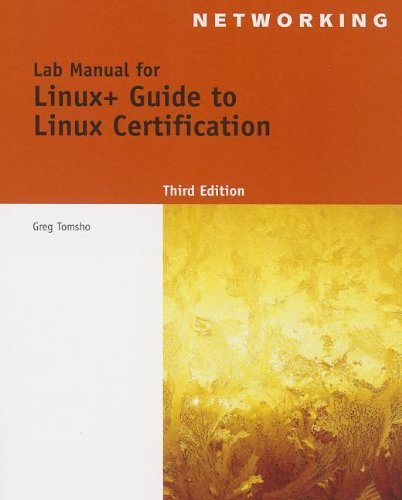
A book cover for Lab Manual for Eckert's Linux+ Guide to Linux Certification, 3rd (Test Preparation); Jason W. Eckert; Computers & Technology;